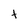
Character: t